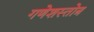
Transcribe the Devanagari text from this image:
गणेशस्तोत्र